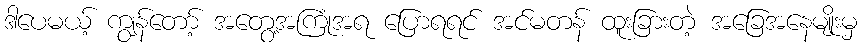
ဒါပေမယ့် ကျွန်တော့် အတွေ့အကြုံအရ ပြောရရင် အင်မတန် ထူးခြားတဲ့ အခြေအနေမျိုးမှ